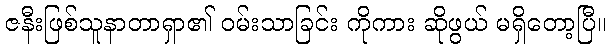
ဇနီးဖြစ်သူနာတာရှာ၏ ဝမ်းသာခြင်း ကိုကား ဆိုဖွယ် မရှိတော့ပြီ။